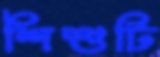
শিশুটি